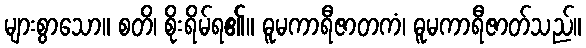
များစွာသော။ စတိ၊ စိုးရိမ်ရ၏။ ဓူမကာရီဇာတကံ၊ ဓူမကာရီဇာတ်သည်။